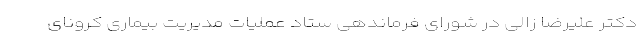
دکتر علیرضا زالی در شورای فرماندهی ستاد عملیات مدیریت بیماری کرونای